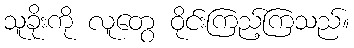
သူခိုးကို လူတွေ ဝိုင်းကြည့်ကြသည်။